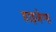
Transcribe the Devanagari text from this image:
हाइजेन्स